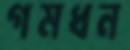
গমধন